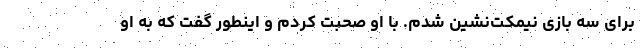
برای سه بازی نیمکت‌نشین شدم. با او صحبت کردم و اینطور گفت که به او